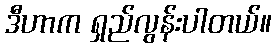
ဒီဟာက ရှည်လွန်းပါတယ်။